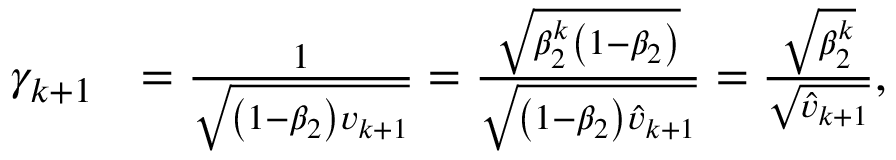
\begin{array} { r l } { \gamma _ { k + 1 } } & { = \frac { 1 } { \sqrt { \left( 1 - \beta _ { 2 } \right) v _ { k + 1 } } } = \frac { \sqrt { \beta _ { 2 } ^ { k } \left( 1 - \beta _ { 2 } \right) } } { \sqrt { \left( 1 - \beta _ { 2 } \right) \hat { v } _ { k + 1 } } } = \frac { \sqrt { \beta _ { 2 } ^ { k } } } { \sqrt { \hat { v } _ { k + 1 } } } , } \end{array}